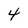
Character: 4